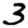
Digit: 3